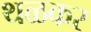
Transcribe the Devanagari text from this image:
थळकर